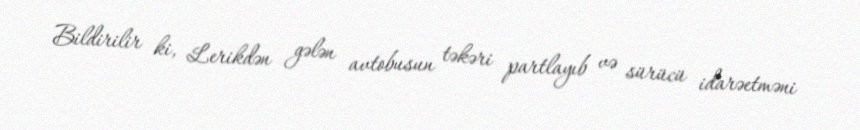
Bildirilir ki, Lerikdən gələn avtobusun təkəri partlayıb və sürücü idarəetməni